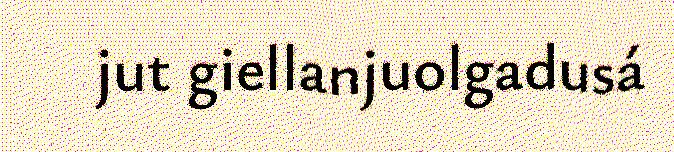
jut giellanjuolgadusá